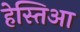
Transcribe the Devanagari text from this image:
हेस्तिआ